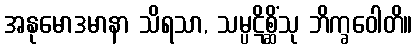
အနုမောဒမာနာ သိရသာ, သမ္ပဋိစ္ဆိံသု ဘိက္ခဝေါတိ။